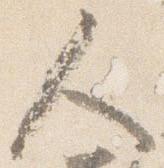
人